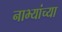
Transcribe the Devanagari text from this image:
नाभ्यांच्या